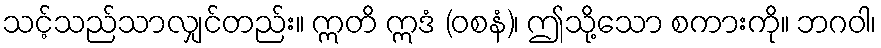
သင့်သည်သာလျှင်တည်း။ ဣတိ ဣဒံ (ဝစနံ)၊ ဤသို့သော စကားကို။ ဘဂဝါ၊